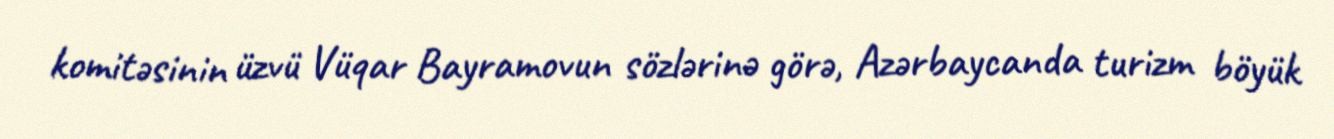
komitəsinin üzvü Vüqar Bayramovun sözlərinə görə, Azərbaycanda turizm böyük